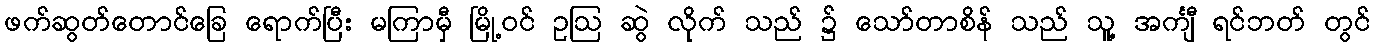
ဖက်ဆွတ်တောင်ခြေ ရောက်ပြီး မကြာမှီ မြို့ဝင် ဥဩ ဆွဲ လိုက် သည် ၌ သော်တာစိန် သည် သူ့ အင်္ကျီ ရင်ဘတ် တွင်